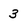
Character: 3